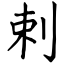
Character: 剌